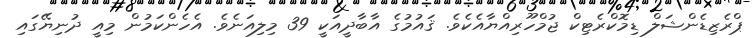
ޕްރެޒިޑެންޝަލް ޑިމޮކްރެޓިކް ޖުމްހޫރިއްޔާއެކެވެ. ޤައުމުގެ އާބާދީއަކީ 39 މިލިއަނެވެ. އެހެންކަމުން މިއީ ދުނިޔޭގައި